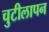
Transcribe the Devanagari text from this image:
चुटीलापन